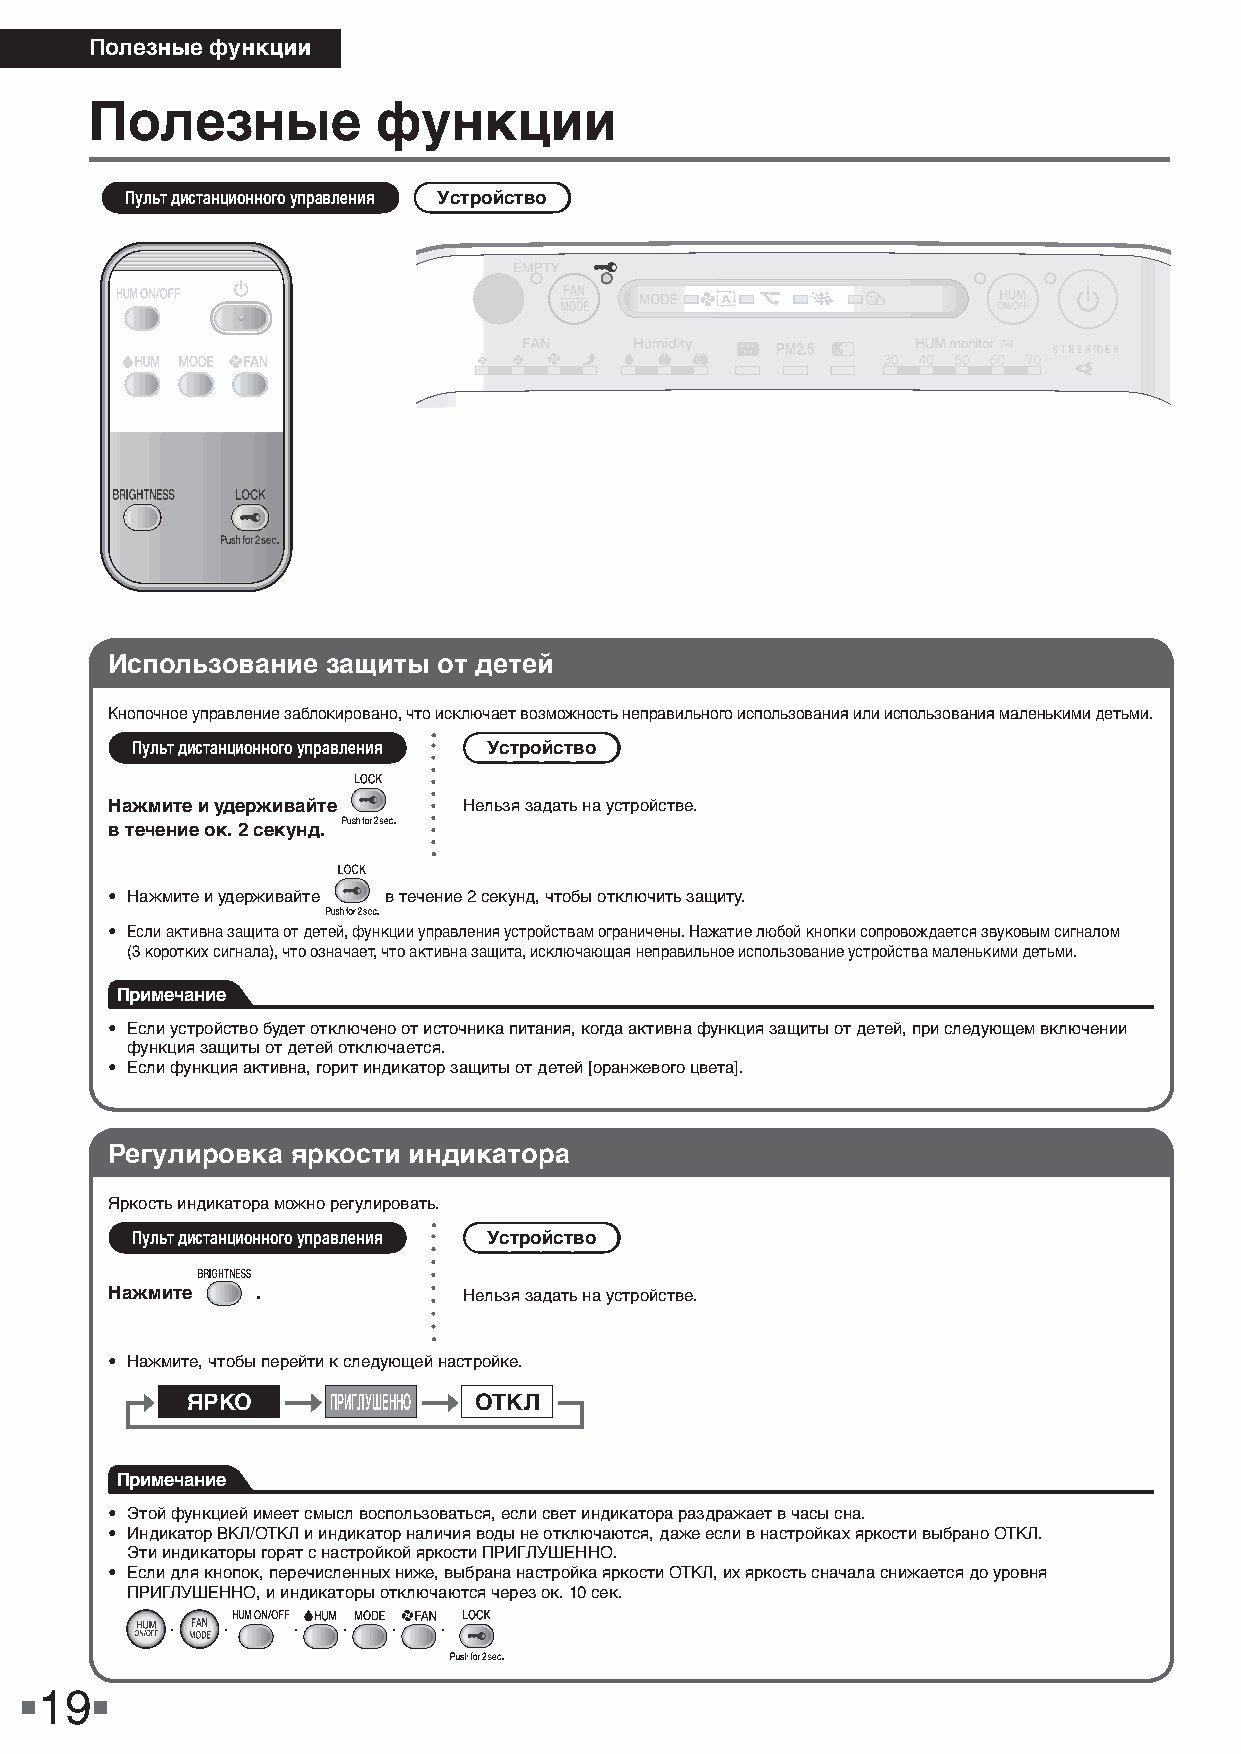
Полезные функции
 Полезные           функции
 Пульт дистанционного управления Устройство
 Использование  защиты от детей
 Кнопочное управление заблокировано, что исключает возможность неправильного использования или использования маленькими детьми.
 Пульт дистанционного управления Устройство
 Нажмите и удерживайте   Нельзя задать на устройстве.
 в течение ок. 2 секунд.
 • Нажмите и удерживайте в течение 2 секунд, чтобы отключить защиту.
 • Если активна защита от детей, функции управления устройствам ограничены. Нажатие любой кнопки сопровождается звуковым сигналом
 (3 коротких сигнала), что означает, что активна защита, исключающая неправильное использование устройства маленькими детьми.
 Примечание
 • Если устройство будет отключено от источника питания, когда активна функция защиты от детей, при следующем включении
 функция защиты от детей отключается.
 • Если функция активна, горит индикатор защиты от детей [оранжевого цвета].
 Регулировка яркости индикатора
 Яркость индикатора можно регулировать.
 Пульт дистанционного управления Устройство
 Нажмите   .             Нельзя задать на устройстве.
 • Нажмите, чтобы перейти к следующей настройке.
 ЯРКО      ПРИГЛУШЕННО ОТКЛ
 Примечание
 • Этой функцией имеет смысл воспользоваться, если свет индикатора раздражает в часы сна.
 • Индикатор ВКЛ/ОТКЛ и индикатор наличия воды не отключаются, даже если в настройках яркости выбрано ОТКЛ.
 Эти индикаторы горят с настройкой яркости ПРИГЛУШЕННО.
 • Если для кнопок, перечисленных ниже, выбрана настройка яркости ОТКЛ, их яркость сначала снижается до уровня
 ПРИГЛУШЕННО, и индикаторы отключаются через ок. 10 сек.
 ·   ·   ·   ·  ·  ·
 19
 09_RU_3P595628-1.indd 19                                                2019/12/17 16:31:31